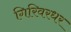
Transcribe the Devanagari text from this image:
गिरिवरधर